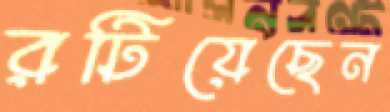
রটিয়েছেন